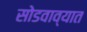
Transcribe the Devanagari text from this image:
सोडवाव्यात